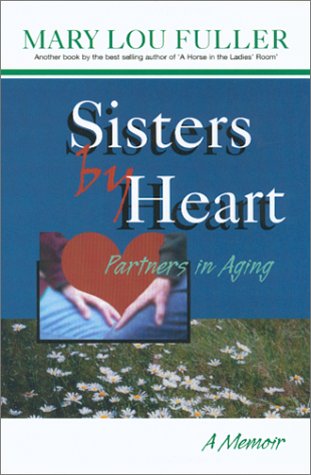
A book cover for Sisters by Heart: Partners in Aging,  A Memoir; Kay Amsden; Gay & Lesbian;